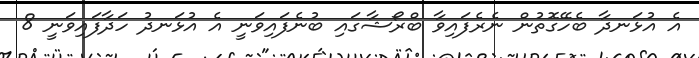
އެ އުޅަނދާ ބެހޭގޮތުން ނެރެފައިވާ ބްރޯޝާގައި ބުނެފައިވަނީ އެ އުޅަނދު ހަދާފައިވަނީ 8